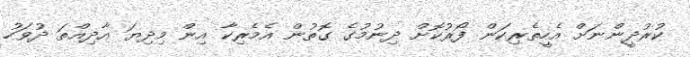
ކުރުދީންނަށް އެހީތެރިކަން ފޯރުކޮށް ދިނުމުގެ ގޮތުން އެމެރިކާ އިން މިދިޔަ އާދިއްތަ ދުވަހު